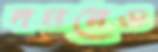
দমনেও